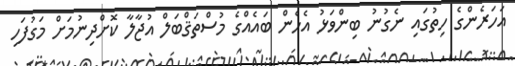
އަހަރެންގެ ހިތުގައި ނެގުނު ބިންވަޅު އެހެން ބައެއްގެ މުސްތަޤްބަލް އުޖާލާ ކޮށްދިނުމަށް މަގުފަހި